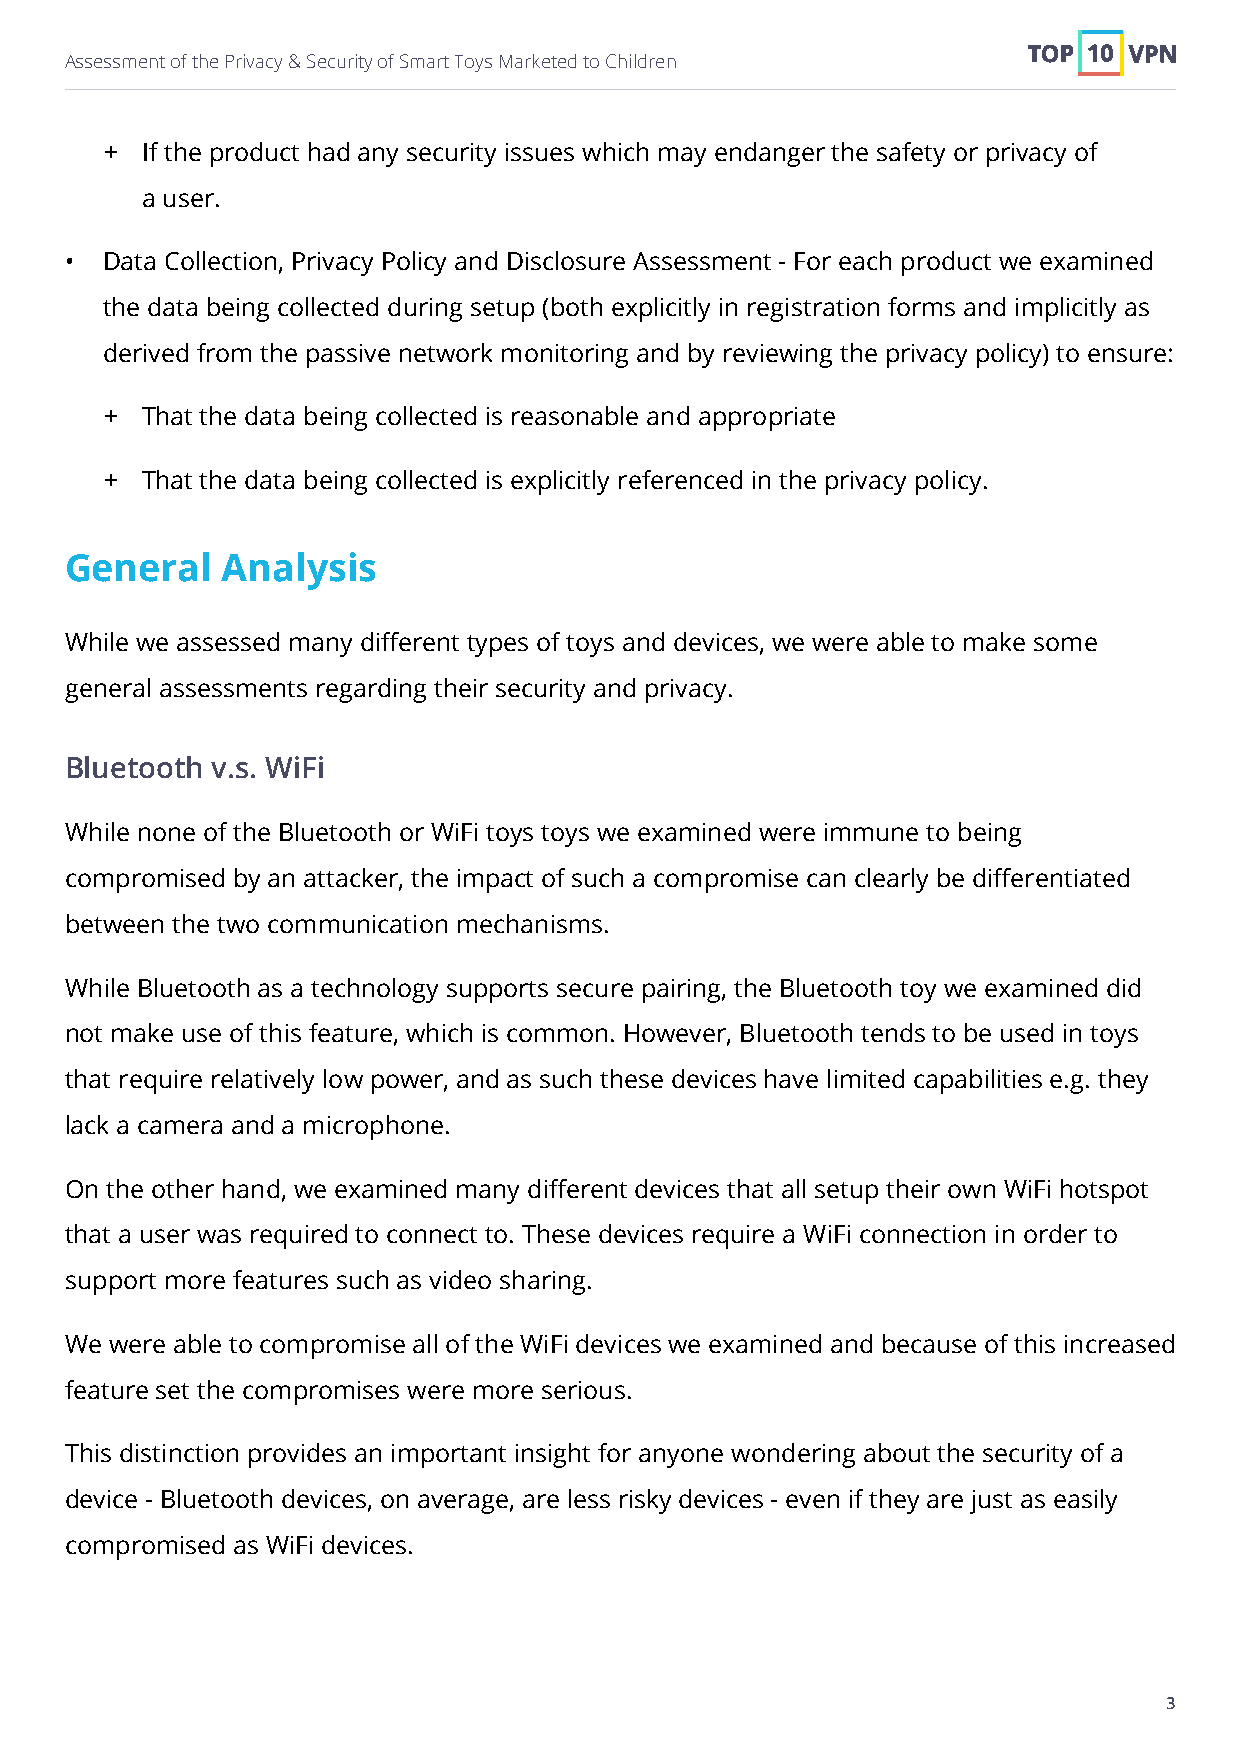
Assessment of the Privacy & Security of Smart Toys Marketed to Children
 + If the product had any security issues which may endanger the safety or privacy of
 a user.
 •  Data Collection, Privacy Policy and Disclosure Assessment - For each product we examined
 the data being collected during setup (both explicitly in registration forms and implicitly as
 derived from the passive network monitoring and by reviewing the privacy policy) to ensure:
 + That the data being collected is reasonable and appropriate
 + That the data being collected is explicitly referenced in the privacy policy.
 General    Analysis
 While we assessed many different types of toys and devices, we were able to make some
 general assessments regarding their security and privacy.
 Bluetooth v.s. WiFi
 While none of the Bluetooth or WiFi toys toys we examined were immune to being
 compromised by an attacker, the impact of such a compromise can clearly be differentiated
 between the two communication mechanisms.
 While Bluetooth as a technology supports secure pairing, the Bluetooth toy we examined did
 not make use of this feature, which is common. However, Bluetooth tends to be used in toys
 that require relatively low power, and as such these devices have limited capabilities e.g. they
 lack a camera and a microphone.
 On the other hand, we examined many different devices that all setup their own WiFi hotspot
 that a user was required to connect to. These devices require a WiFi connection in order to
 support more features such as video sharing.
 We were able to compromise all of the WiFi devices we examined and because of this increased
 feature set the compromises were more serious.
 This distinction provides an important insight for anyone wondering about the security of a
 device - Bluetooth devices, on average, are less risky devices - even if they are just as easily
 compromised as WiFi devices.
 3